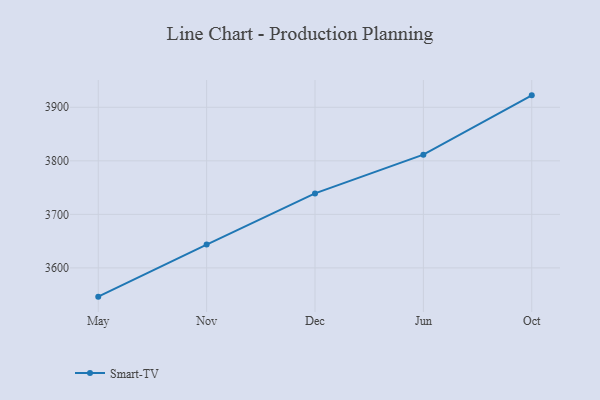
{"axis": {"x": "Month", "y": "Shipments"}, "legend": ["Smart-TV"], "data": [{"x": "May", "y": 3546.3, "type": "Smart-TV"}, {"x": "Nov", "y": 3643.5, "type": "Smart-TV"}, {"x": "Dec", "y": 3739.1, "type": "Smart-TV"}, {"x": "Jun", "y": 3811.5, "type": "Smart-TV"}, {"x": "Oct", "y": 3922.3, "type": "Smart-TV"}]}